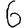
Digit: 6